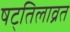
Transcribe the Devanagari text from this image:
षट्तिलाव्रत